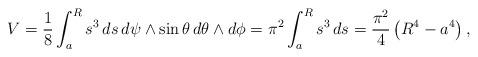
LaTeX: \begin{align*}V=\frac{1}{8} \int_{a}^{R} s^3\,ds\, d\psi \wedge \sin\theta\, d\theta\wedge d\phi= \pi^2\int_{a}^{R} s^3\,ds=\frac{\pi^2}{4}\left(R^4-a^4\right),\end{align*}